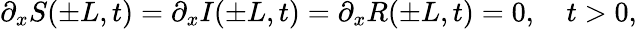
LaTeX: \partial_{x}S(\pm L,t)=\partial_{x}I(\pm L,t)=\partial_{x}R(\pm L,t)=0,\quad t>0,